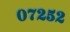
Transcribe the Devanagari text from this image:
०७२५२